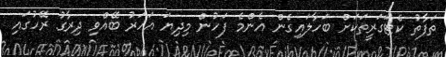
ތަފާތު ކެޓަގަރީތަކަށް ބަހާލައިގެން އެންމެ ފަހުން މިދިޔަ އަހަރު ބޭއްވި ދިރާގު ރޭހުގައި